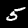
Digit: 5